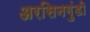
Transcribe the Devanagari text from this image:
अरसिनगुंडी